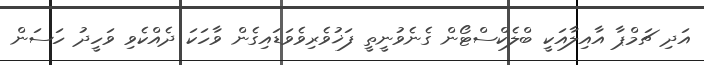
އަދި ޗަމްޕާ އާއިލާއަކީ ބްލެކްސްޓޯން ގެނެވުނީތީ ފަޚުވެރިވެވަޑައިގެން ވާހަކަ ދެއްކެވި ވަހީދު ހަސަން